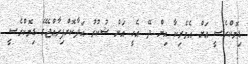
ޑިމޮކްރެސީ އަށް އެމެރިކާ އިން ދޭ އެހީ އަށް ޝުކުރު އަދާކޮށްފިރާއްޖޭގެ ޑިމޮކްރެސީ